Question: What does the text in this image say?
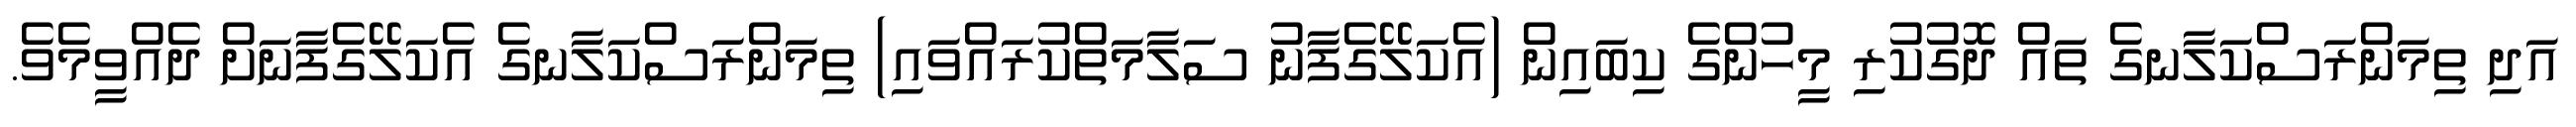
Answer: އަދި ތިމަންރަސްކަލާނގެ ތައް ދޮގުކުރި މީހުންގެ ކިބައިން (އެކަލޭގެފާނު ސަލާމަތްކުރައްވައި) ތިމަންރަސްކަލާނގެ އެކަލޭގެފާނަށް ދެއްވީމެވެ.